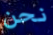
نحن